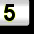
Digit: 5